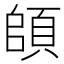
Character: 頧